Annual report of the Punjab Veterinary College and of the Civil Veterinary Department, Punjab - 1894-1908
Year: 1894
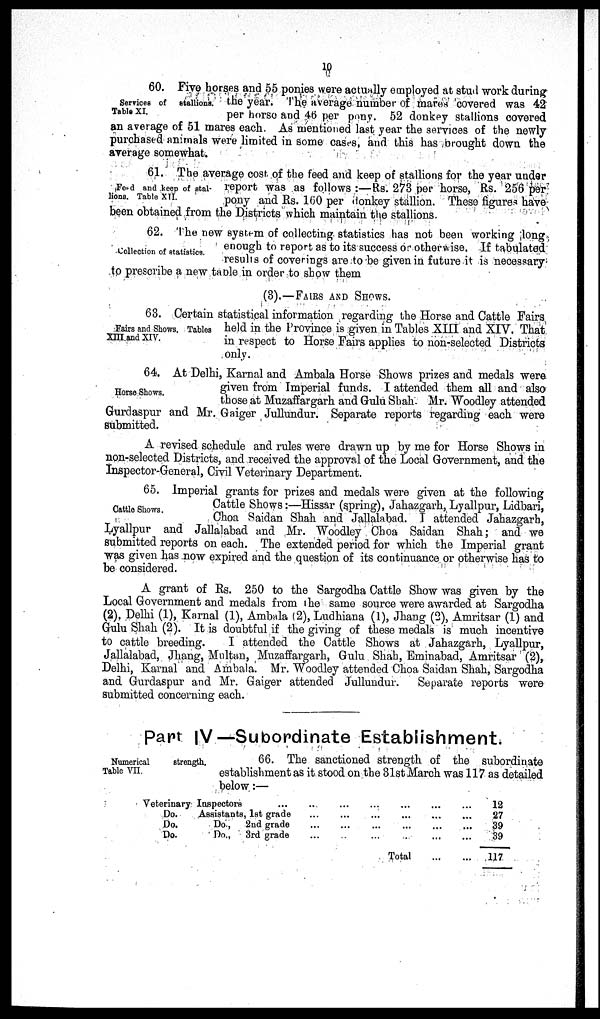
10
Services of stallions.
Table XI.
60. Five horses and 55 ponies were actually employed at stud work during
the year. The average number of mares covered was 42
per horse and 46 per pony. 52 donkey stallions covered
an average of 51 mares each. As mentioned last year the services of the newly
purchased animals were limited in some cases, and this has brought down the
average somewhat.
Food and keep of stal-
lions. Table XII.
61. The average cost of the feed and keep of stallions for the year under
report was as follows:—Rs. 273 per horse, Rs. 256 per
pony and Rs. 160 per donkey stallion. These figures have
been obtained from the Districts which maintain the stallions.
Collection of statistics.
62. The new system of collecting statistics has not been working long
enough to report as to its success or otherwise. If tabulated
results of coverings are to be given in future it is necessary
to prescribe a new table in order to show them
(3).—FAIRS AND SHOWS.
Fairs and Shows. Tables
XIII and XIV.
63. Certain statistical information regarding the Horse and Cattle Fairs
held in the Province is given in Tables XIII and XIV. That
in respect to Horse Fairs applies to non-selected Districts
only.
Horse Shows.
64. At Delhi, Karnal and Ambala Horse Shows prizes and medals were
given from Imperial funds. I attended them all and also
those at Muzaffargarh and Gulu Shah. Mr. Woodley attended
Gurdaspur and Mr. Gaiger Jullundur. Separate reports regarding each were
submitted.
A revised schedule and rules were drawn up by me for Horse Shows in
non-selected Districts, and received the approval of the Local Government, and the
Inspector-General, Civil Veterinary Department.
Cattle Shows.
65. Imperial grants for prizes and medals were given at the following
Cattle Shows:—Hissar (spring), Jahazgarh, Lyallpur, Lidbari,
Choa Saidan Shah and Jallalabad. I attended Jahazgarh,
Lyallpur and Jallalabad and Mr. Woodley Choa Saidan Shah; and we
submitted reports on each. The extended period for which the Imperial grant
was given has now expired and the question of its continuance or otherwise has to
be considered.
A grant of Rs. 250 to the Sargodha Cattle Show was given by the
Local Government and medals from the same source were awarded at Sargodha
(2), Delhi (1), Karnal (1), Ambala (2), Ludhiana (1), Jhang (2), Amritsar (1) and
Gulu Shah (2). It is doubtful if the giving of these medals is much incentive
to cattle breeding.
I attended the Cattle Shows at Jahazgarh, Lyallpur,
Jallalabad, Jhang, Multan, Muzaffargarh, Gulu Shah, Eminabad, Amritsar (2),
Delhi, Karnal and Ambala. Mr. Woodley attended Choa Saidan Shah, Sargodha
and Gurdaspur and Mr. Gaiger attended Jullundur.
Separate reports were
submitted concerning each.
Part IV—Subordinate Establishment.
Numerical
strength.
Table VII.
66. The sanctioned strength of the subordinate
establishment as it stood on the 31st March was 117 as detailed
below:—
Veterinary Inspectors ...
Do.
Assistants, 1st grade
Do.
Do.,
2nd grade
Do.
Do.,
3rd grade
...
...
...
...
...
...
...
...
...
...
...
...
...
...
...
...
Total
...
...
...
...
...
...
...
...
...
...
12
27
39
39
117